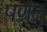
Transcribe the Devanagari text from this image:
पणतु